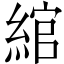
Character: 綰